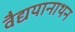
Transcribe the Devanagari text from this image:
वैद्ययानाथन